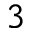
^ 3